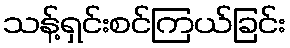
သန့်ရှင်းစင်ကြယ်ခြင်း